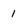
Character: 1